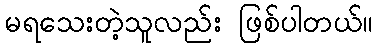
မရသေးတဲ့သူလည်း ဖြစ်ပါတယ်။